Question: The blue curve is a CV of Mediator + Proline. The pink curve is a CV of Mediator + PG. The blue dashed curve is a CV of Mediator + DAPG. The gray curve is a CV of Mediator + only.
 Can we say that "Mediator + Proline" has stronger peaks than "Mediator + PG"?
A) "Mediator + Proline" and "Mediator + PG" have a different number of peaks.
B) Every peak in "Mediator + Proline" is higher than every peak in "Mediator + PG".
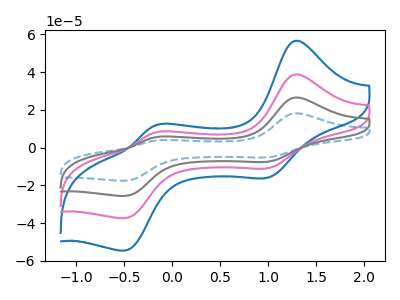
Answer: <think>The blue curve "Mediator + Proline" has anodic peaks at (1.30V, 56.55uA) (-0.20V, 11.90uA) and cathodic peaks at (1.00V, -16.05uA) (-0.50V, -54.50uA). The pink curve "Mediator + PG" has anodic peaks at (1.30V, 38.70uA) (-0.20V, 8.15uA) and cathodic peaks at (1.00V, -11.00uA) (-0.50V, -37.30uA). The blue dashed curve "Mediator + DAPG" has anodic peaks at (1.30V, 116.10uA) (-0.20V, 24.40uA) and cathodic peaks at (1.00V, -32.95uA) (-0.50V, -111.90uA). The gray curve "Mediator + only" has anodic peaks at (1.30V, 77.40uA) (-0.20V, 16.30uA) and cathodic peaks at (1.00V, -22.00uA) (-0.50V, -74.60uA).</think>
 <answer>B) Every peak in "Mediator + Proline" is higher than every peak in "Mediator + PG".</answer>
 <eval>B</eval>